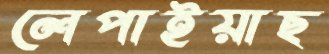
লেপাইয়াছ